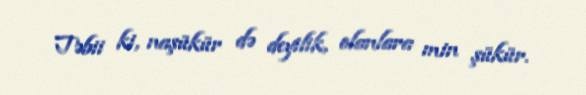
Təbii ki, naşükür də deyilik, olanlara min şükür.